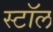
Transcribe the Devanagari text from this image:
स्टाॅल